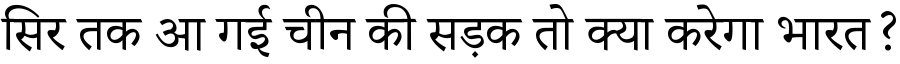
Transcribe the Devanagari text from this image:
सिर तक आ गई चीन की सड़क तो क्या करेगा भारत?